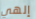
إلهي